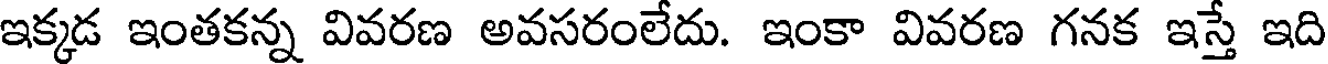
ఇక్కడ ఇంతకన్న వివరణ అవసరంలేదు. ఇంకా వివరణ గనక ఇస్తే ఇది